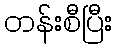
တန်းစီပြီး